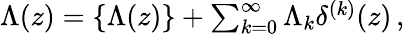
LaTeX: \begin{array}{r}{\Lambda(z)=\{ \Lambda(z)\} +\sum_{k=0}^{\infty}\Lambda_{k}\delta^{(k)}(z)\, ,}\end{array}